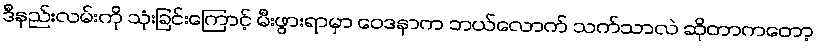
ဒီနည်းလမ်းကို သုံးခြင်းကြောင့် မီးဖွားရာမှာ ဝေဒနာက ဘယ်လောက် သက်သာလဲ ဆိုတာကတော့